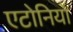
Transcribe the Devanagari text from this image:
एटोनियो